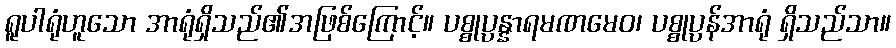
ရူပါရုံဟူသော အာရုံရှိသည်၏အဖြစ်ကြောင့်။ ပစ္စုပ္ပန္နာရမဏမေဝ၊ ပစ္စုပ္ပန်အာရုံ ရှိသည်သာ။